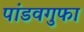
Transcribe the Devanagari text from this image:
पांडवगुफा